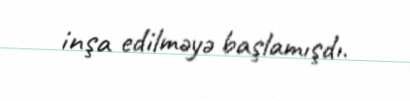
inşa edilməyə başlamışdı.